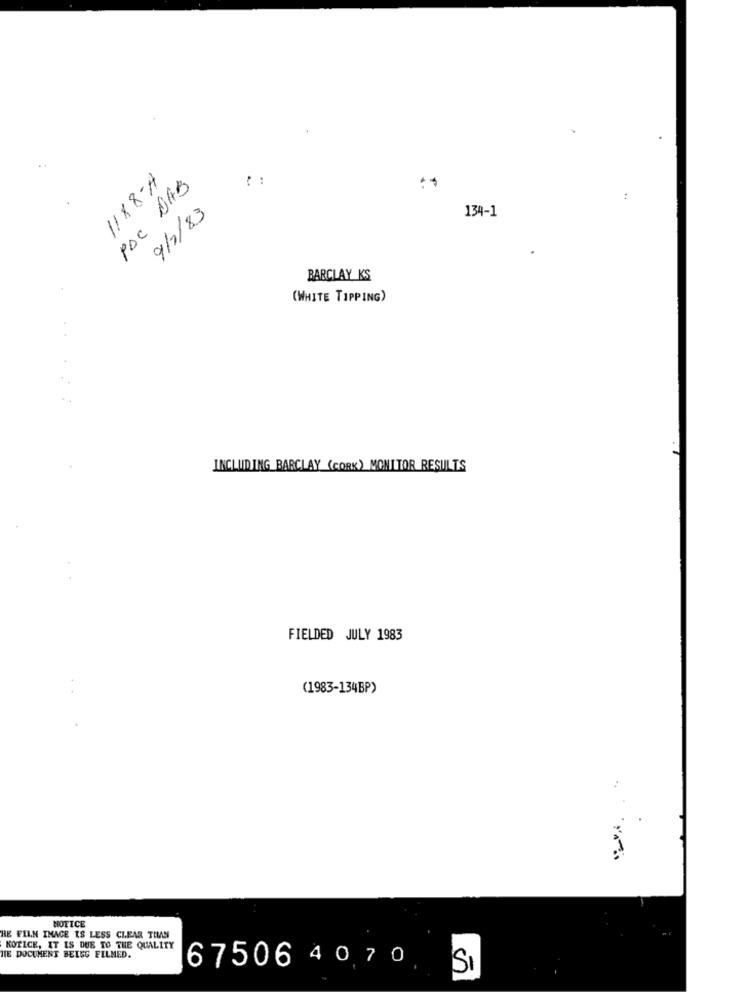
1188-A
PAC DAS
9/2/83
134-1
BARCLAY KS
(WHITE TIPPING)
INCLUDING BARCLAY (CORK) MONITOR RESULTS
FIELDED JULY 1983
(1983-134BP)
NOTICE
HE FLIN IMAGE IS LESS CLEAR THAN
KOTICE, IT IS DUE TO THE QUALITY
HE DOCUMENT BEING FILMED.
67506 4070
SI